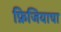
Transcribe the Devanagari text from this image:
फ्रिजियाचा